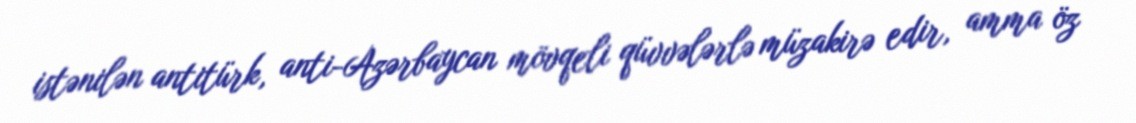
istənilən antitürk, anti-Azərbaycan mövqeli qüvvələrlə müzakirə edir, amma öz